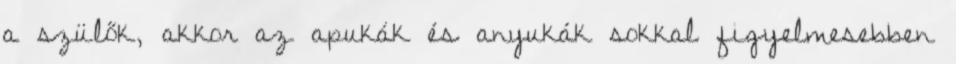
a szülők, akkor az apukák és anyukák sokkal figyelmesebben